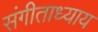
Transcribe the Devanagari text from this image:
संगीताध्याय